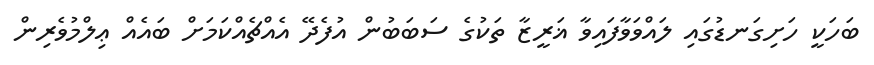
ބަހަކީ ހަށިގަނޑުގައި ލައްވަވާފައިވާ ޣަރީޒާ ތަކުގެ ސަބަބުން އުފެދޭ އެއްޗެއްކަމަށް ބައެއް ޢިލްމުވެރިން